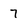
Character: 7